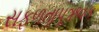
સફળતાપૂઋવક